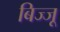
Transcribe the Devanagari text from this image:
बिज्‍जू